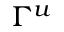
\Gamma ^ { u }